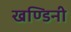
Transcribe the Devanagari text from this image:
खण्डिनी